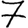
Digit: 7